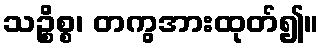
သဉ္စိစ္စ၊ တကွအားထုတ်၍။